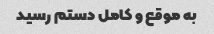
به موقع و کامل دستم رسید